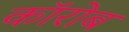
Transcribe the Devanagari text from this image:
कॉरोब